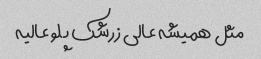
مثل همیشه عالی زرشک پلو عالیه